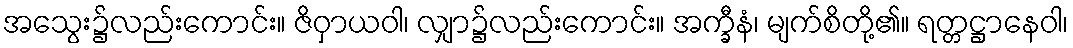
အသွေး၌လည်းကောင်း။ ဇိဝှာယဝါ၊ လျှာ၌လည်းကောင်း။ အက္ခီနံ၊ မျက်စိတို့၏။ ရတ္တဋ္ဌာနေဝါ၊